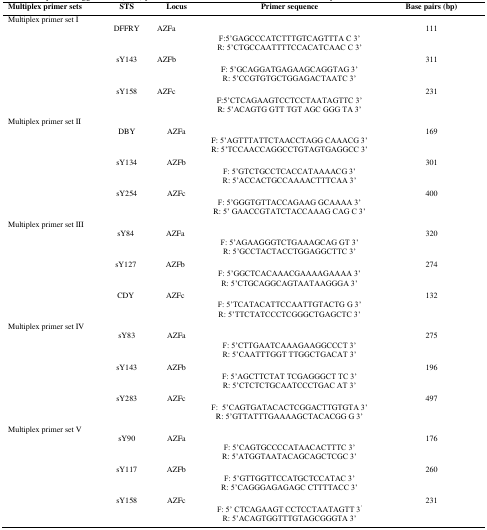
<table><thead><tr><td><b>Multiplex primer sets</b></td><td colspan="2"><b>STS</b></td><td><b>Locus</b></td><td><b>Primer sequence</b></td><td><b>Base pairs (bp)</b></td></tr></thead><tbody><tr><td colspan="6">Multiplex primer set I</td></tr><tr><td></td><td colspan="2">DFFRY</td><td>AZFa</td><td></td><td>111</td></tr><tr><td colspan="4"></td><td>F:5’GAGCCCATCTTTGTCAGTTTA C 3’</td><td></td></tr><tr><td colspan="4"></td><td>R: 5’CTGCCAATTTTCCACATCAAC C 3’</td><td></td></tr><tr><td></td><td colspan="2">sY143</td><td>AZFb</td><td></td><td>311</td></tr><tr><td colspan="4"></td><td>F: 5’GCAGGATGAGAAGCAGGTAG 3’</td><td></td></tr><tr><td colspan="4"></td><td>R: 5’CCGTGTGCTGGAGACTAATC 3’</td><td></td></tr><tr><td></td><td colspan="2">sY158</td><td>AZFc</td><td></td><td>231</td></tr><tr><td colspan="4"></td><td>F:5’CTCAGAAGTCCTCCTAATAGTTC 3’</td><td></td></tr><tr><td colspan="4"></td><td>R: 5’ACAGTG GTT TGT AGC GGG TA 3’</td><td></td></tr><tr><td colspan="4">Multiplex primer set II</td><td colspan="2"></td></tr><tr><td></td><td colspan="2">DBY</td><td>AZFa</td><td></td><td>169</td></tr><tr><td colspan="4"></td><td>F: 5’AGTTTATTCTAACCTAGG CAAACG 3’</td><td></td></tr><tr><td colspan="4"></td><td>R: 5’TCCAACCAGGCCTGTAGTGAGGCC 3’</td><td></td></tr><tr><td></td><td colspan="2">sY134</td><td>AZFb</td><td></td><td>301</td></tr><tr><td colspan="4"></td><td>F: 5’GTCTGCCTCACCATAAAACG 3’</td><td></td></tr><tr><td colspan="4"></td><td>R: 5’ACCACTGCCAAAACTTTCAA 3’</td><td></td></tr><tr><td></td><td colspan="2">sY254</td><td>AZFc</td><td></td><td>400</td></tr><tr><td colspan="4"></td><td>F: 5’GGGTGTTACCAGAAG GCAAAA 3’</td><td></td></tr><tr><td colspan="4"></td><td>R: 5’ GAACCGTATCTACCAAAG CAG C 3’</td><td></td></tr><tr><td colspan="4">Multiplex primer set III</td><td colspan="2"></td></tr><tr><td></td><td>sY84</td><td colspan="2">AZFa</td><td></td><td>320</td></tr><tr><td colspan="4"></td><td>F: 5’AGAAGGGTCTGAAAGCAG GT 3’</td><td></td></tr><tr><td colspan="4"></td><td>R: 5’GCCTACTACCTGGAGGCTTC 3’</td><td></td></tr><tr><td></td><td>sY127</td><td colspan="2">AZFb</td><td></td><td>274</td></tr><tr><td colspan="4"></td><td>F: 5’GGCTCACAAACGAAAAGAAAA 3’</td><td></td></tr><tr><td colspan="4"></td><td>R: 5’CTGCAGGCAGTAATAAGGGA 3’</td><td></td></tr><tr><td></td><td>CDY</td><td colspan="2">AZFc</td><td></td><td>132</td></tr><tr><td colspan="4"></td><td>F: 5’TCATACATTCCAATTGTACTG G 3’</td><td></td></tr><tr><td colspan="4"></td><td>R: 5’TTCTATCCCTCGGGCTGAGCTC 3’</td><td></td></tr><tr><td colspan="4">Multiplex primer set IV</td><td colspan="2"></td></tr><tr><td></td><td colspan="2">sY83</td><td>AZFa</td><td></td><td>275</td></tr><tr><td colspan="4"></td><td>F: 5’CTTGAATCAAAGAAGGCCCT 3’</td><td></td></tr><tr><td colspan="4"></td><td>R: 5’CAATTTGGT TTGGCTGACAT 3’</td><td></td></tr><tr><td></td><td colspan="2">sY143</td><td>AZFb</td><td></td><td>196</td></tr><tr><td colspan="4"></td><td>F: 5’AGCTTCTAT TCGAGGGCT TC 3’</td><td></td></tr><tr><td colspan="4"></td><td>R: 5’CTCTCTGCAATCCCTGAC AT 3’</td><td></td></tr><tr><td></td><td colspan="2">sY283</td><td>AZFc</td><td></td><td>497</td></tr><tr><td colspan="4"></td><td>F: 5’CAGTGATACACTCGGACTTGTGTA 3’</td><td></td></tr><tr><td colspan="4"></td><td>R: 5’GTTATTTGAAAAGCTACACGG G 3’</td><td></td></tr><tr><td colspan="4">Multiplex primer set V</td><td colspan="2"></td></tr><tr><td></td><td colspan="2">sY90</td><td>AZFa</td><td></td><td>176</td></tr><tr><td colspan="4"></td><td>F: 5’CAGTGCCCCATAACACTTTC 3’</td><td></td></tr><tr><td colspan="4"></td><td>R: 5’ATGGTAATACAGCAGCTCGC 3’</td><td></td></tr><tr><td></td><td colspan="2">sY117</td><td>AZFb</td><td></td><td>260</td></tr><tr><td colspan="4"></td><td>F: 5’GTTGGTTCCATGCTCCATAC 3’</td><td></td></tr><tr><td colspan="4"></td><td>R: 5’CAGGGAGAGAGC CTTTTACC 3’</td><td></td></tr><tr><td></td><td colspan="2">sY158</td><td>AZFc</td><td></td><td>231</td></tr><tr><td colspan="4"></td><td>F: 5’ CTCAGAAGT CCTCCTAATAGTT 3<sup>’</sup></td><td></td></tr><tr><td colspan="4"></td><td>R: 5’ACAGTGGTTTGTAGCGGGTA 3’</td><td></td></tr></tbody></table>